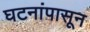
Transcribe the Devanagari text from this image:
घटनांपासून